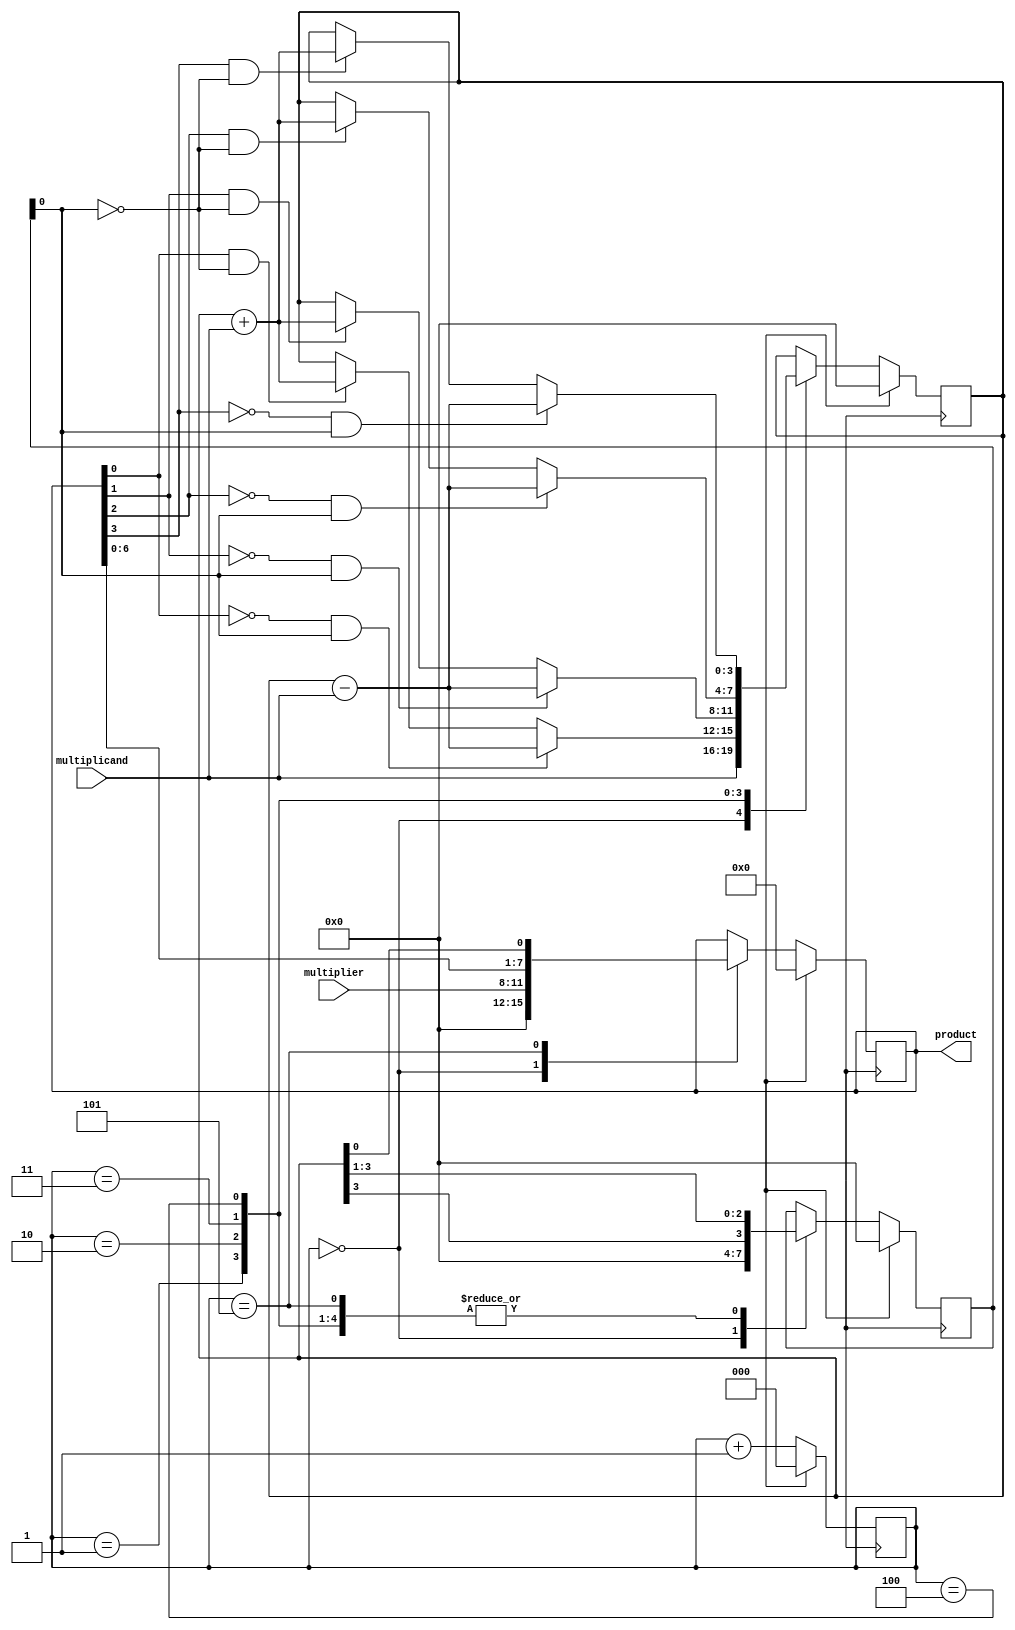
module booth_multiplier (
    input [3:0] multiplicand,
    input [3:0] multiplier,
    output reg [7:0] product
);

reg [3:0] m;
reg [3:0] a;
reg [2:0] count;
reg [7:0] acc;
reg done;

always @ (posedge clk) begin
    if (reset) begin
        m <= 4'b0000;
        a <= 4'b0000;
        count <= 3'b000;
        acc <= 8'b00000000;
        done <= 0;
    end else begin
        case (count)
            3'b000: begin
                acc <= {4'b0000, multiplier};
                m <= 4'b0000;
                a <= multiplicand;
            end
            3'b001: begin
                if (acc[0] == 1 && m[0] == 0) begin
                    a <= a + multiplicand;
                end
                if (acc[0] == 0 && m[0] == 1) begin
                    a <= a - multiplicand;
                end
                m <= {a[3], a[3:1]};
            end
            3'b010: begin
                if (acc[1] == 1 && m[0] == 0) begin
                    a <= a + multiplicand;
                end
                if (acc[1] == 0 && m[0] == 1) begin
                    a <= a - multiplicand;
                end
                m <= {a[3], a[3:1]};
            end
            3'b011: begin
                if (acc[2] == 1 && m[0] == 0) begin
                    a <= a + multiplicand;
                end
                if (acc[2] == 0 && m[0] == 1) begin
                    a <= a - multiplicand;
                end
                m <= {a[3], a[3:1]};
            end
            3'b100: begin
                if (acc[3] == 1 && m[0] == 0) begin
                    a <= a + multiplicand;
                end
                if (acc[3] == 0 && m[0] == 1) begin
                    a <= a - multiplicand;
                end
                m <= {a[3], a[3:1]};
            end
            3'b101: begin
                acc <= {acc[6:0], a[0]};
                m <= {a[3], a[3:1]};
            end
            default: begin
                done <= 1;
            end
        endcase
        count <= count + 1;
    end
end

assign product = acc;

endmodule